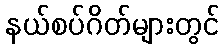
နယ်စပ်ဂိတ်များတွင်